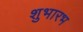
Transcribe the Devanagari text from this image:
शुभारभ